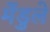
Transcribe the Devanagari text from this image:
मेंडुले